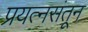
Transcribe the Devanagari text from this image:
प्रयत्‍नसंतून